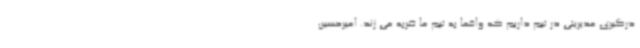
درگیری مدیریتی در تیم داریم که واقعا به تیم ما ضربه می زند. امیرحسین